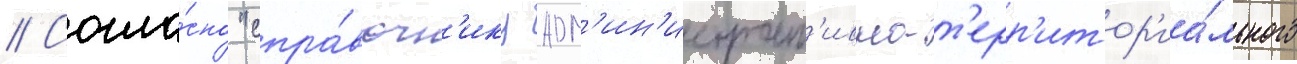
// Согла́сно "спра́вочн'ику адм'ин'истрат'ивно-т'ерр'итор'иа́льного